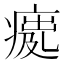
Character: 𤸿